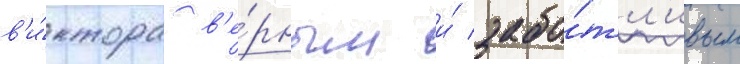
в'и́ктора в'е́рным и́ забо́тл'ивым